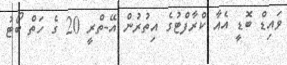
ވައިޑް ބޮޑީ އެއާ ކްރާފްޓުގެ އިތުރުން އޭ-ތްރީ 20 ގެ ހަތް ބޯޓު